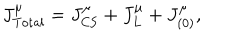
J _ { \mathrm { T o t a l } } ^ { \mu } = J _ { \mathrm { C S } } ^ { \mu } + J _ { L } ^ { \mu } + J _ { ( 0 ) } ^ { \mu } ,